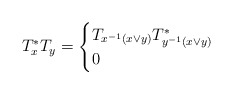
\begin{align*}T_x^*T_y =\begin{cases}T_{x^{-1}(x \vee y)}T_{y^{-1}(x \vee y)}^*&\\0&\end{cases}\end{align*}